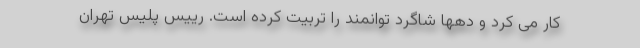
کار می کرد و دهها شاگرد توانمند را تربیت کرده است. رییس پلیس تهران